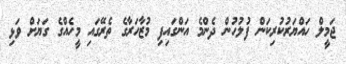
ޖަމީލް ހައްޔަރުކުރިކަން ފުލުހުން ދެންމެ އަންގައިފި މުޒާހަރާގެ ތެރޭގައި މީހެއްގެ ގަޔަށް ވަޅި